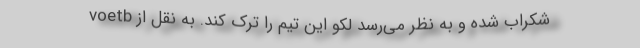
شکراب شده و به نظر می‌رسد لکو این تیم را ترک کند. به نقل از voetb